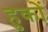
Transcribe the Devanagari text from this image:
हुकों